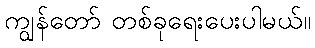
ကျွန်တော် တစ်ခုရေးပေးပါမယ်။